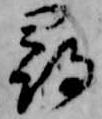
尋